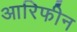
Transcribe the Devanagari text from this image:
आरिफीन